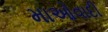
માઓવાદી